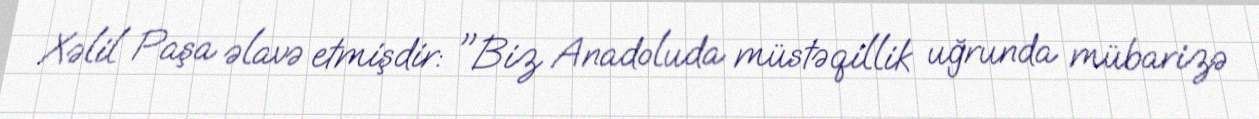
Xəlil Paşa əlavə etmişdir: "Biz Anadoluda müstəqillik uğrunda mübarizə